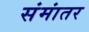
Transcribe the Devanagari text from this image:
संमांतर